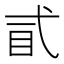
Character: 𢎈